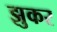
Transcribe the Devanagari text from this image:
झुकर